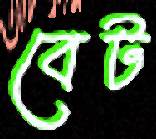
বেট